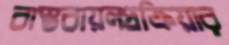
বাস্তবায়নপ্রক্রিয়ার